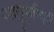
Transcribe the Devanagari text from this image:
आयुर्मानही